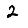
Digit: 2